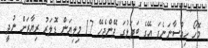
މޮހޯ ހިއްސާނަނެފަ އޭގެ ބަދަލުގަ ދޭންޖެހޭ 17 މިލިޔަން ޑޮލަރު ރިޔާޒަށް ނުދީ